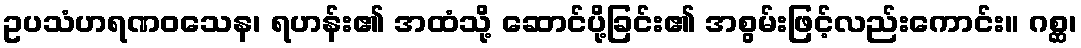
ဥပသံဟရဏဝသေန၊ ရဟန်း၏ အထံသို့ ဆောင်ပို့ခြင်း၏ အစွမ်းဖြင့်လည်းကောင်း။ ဂစ္ဆ၊